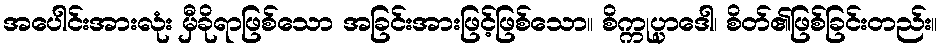
အပေါင်းအားလုံး မှီခိုရာဖြစ်သော အခြင်းအားဖြင့်ဖြစ်သော။ စိက္ကုပ္ပာဒေါ၊ စိတ်၏ဖြစ်ခြင်းတည်း။